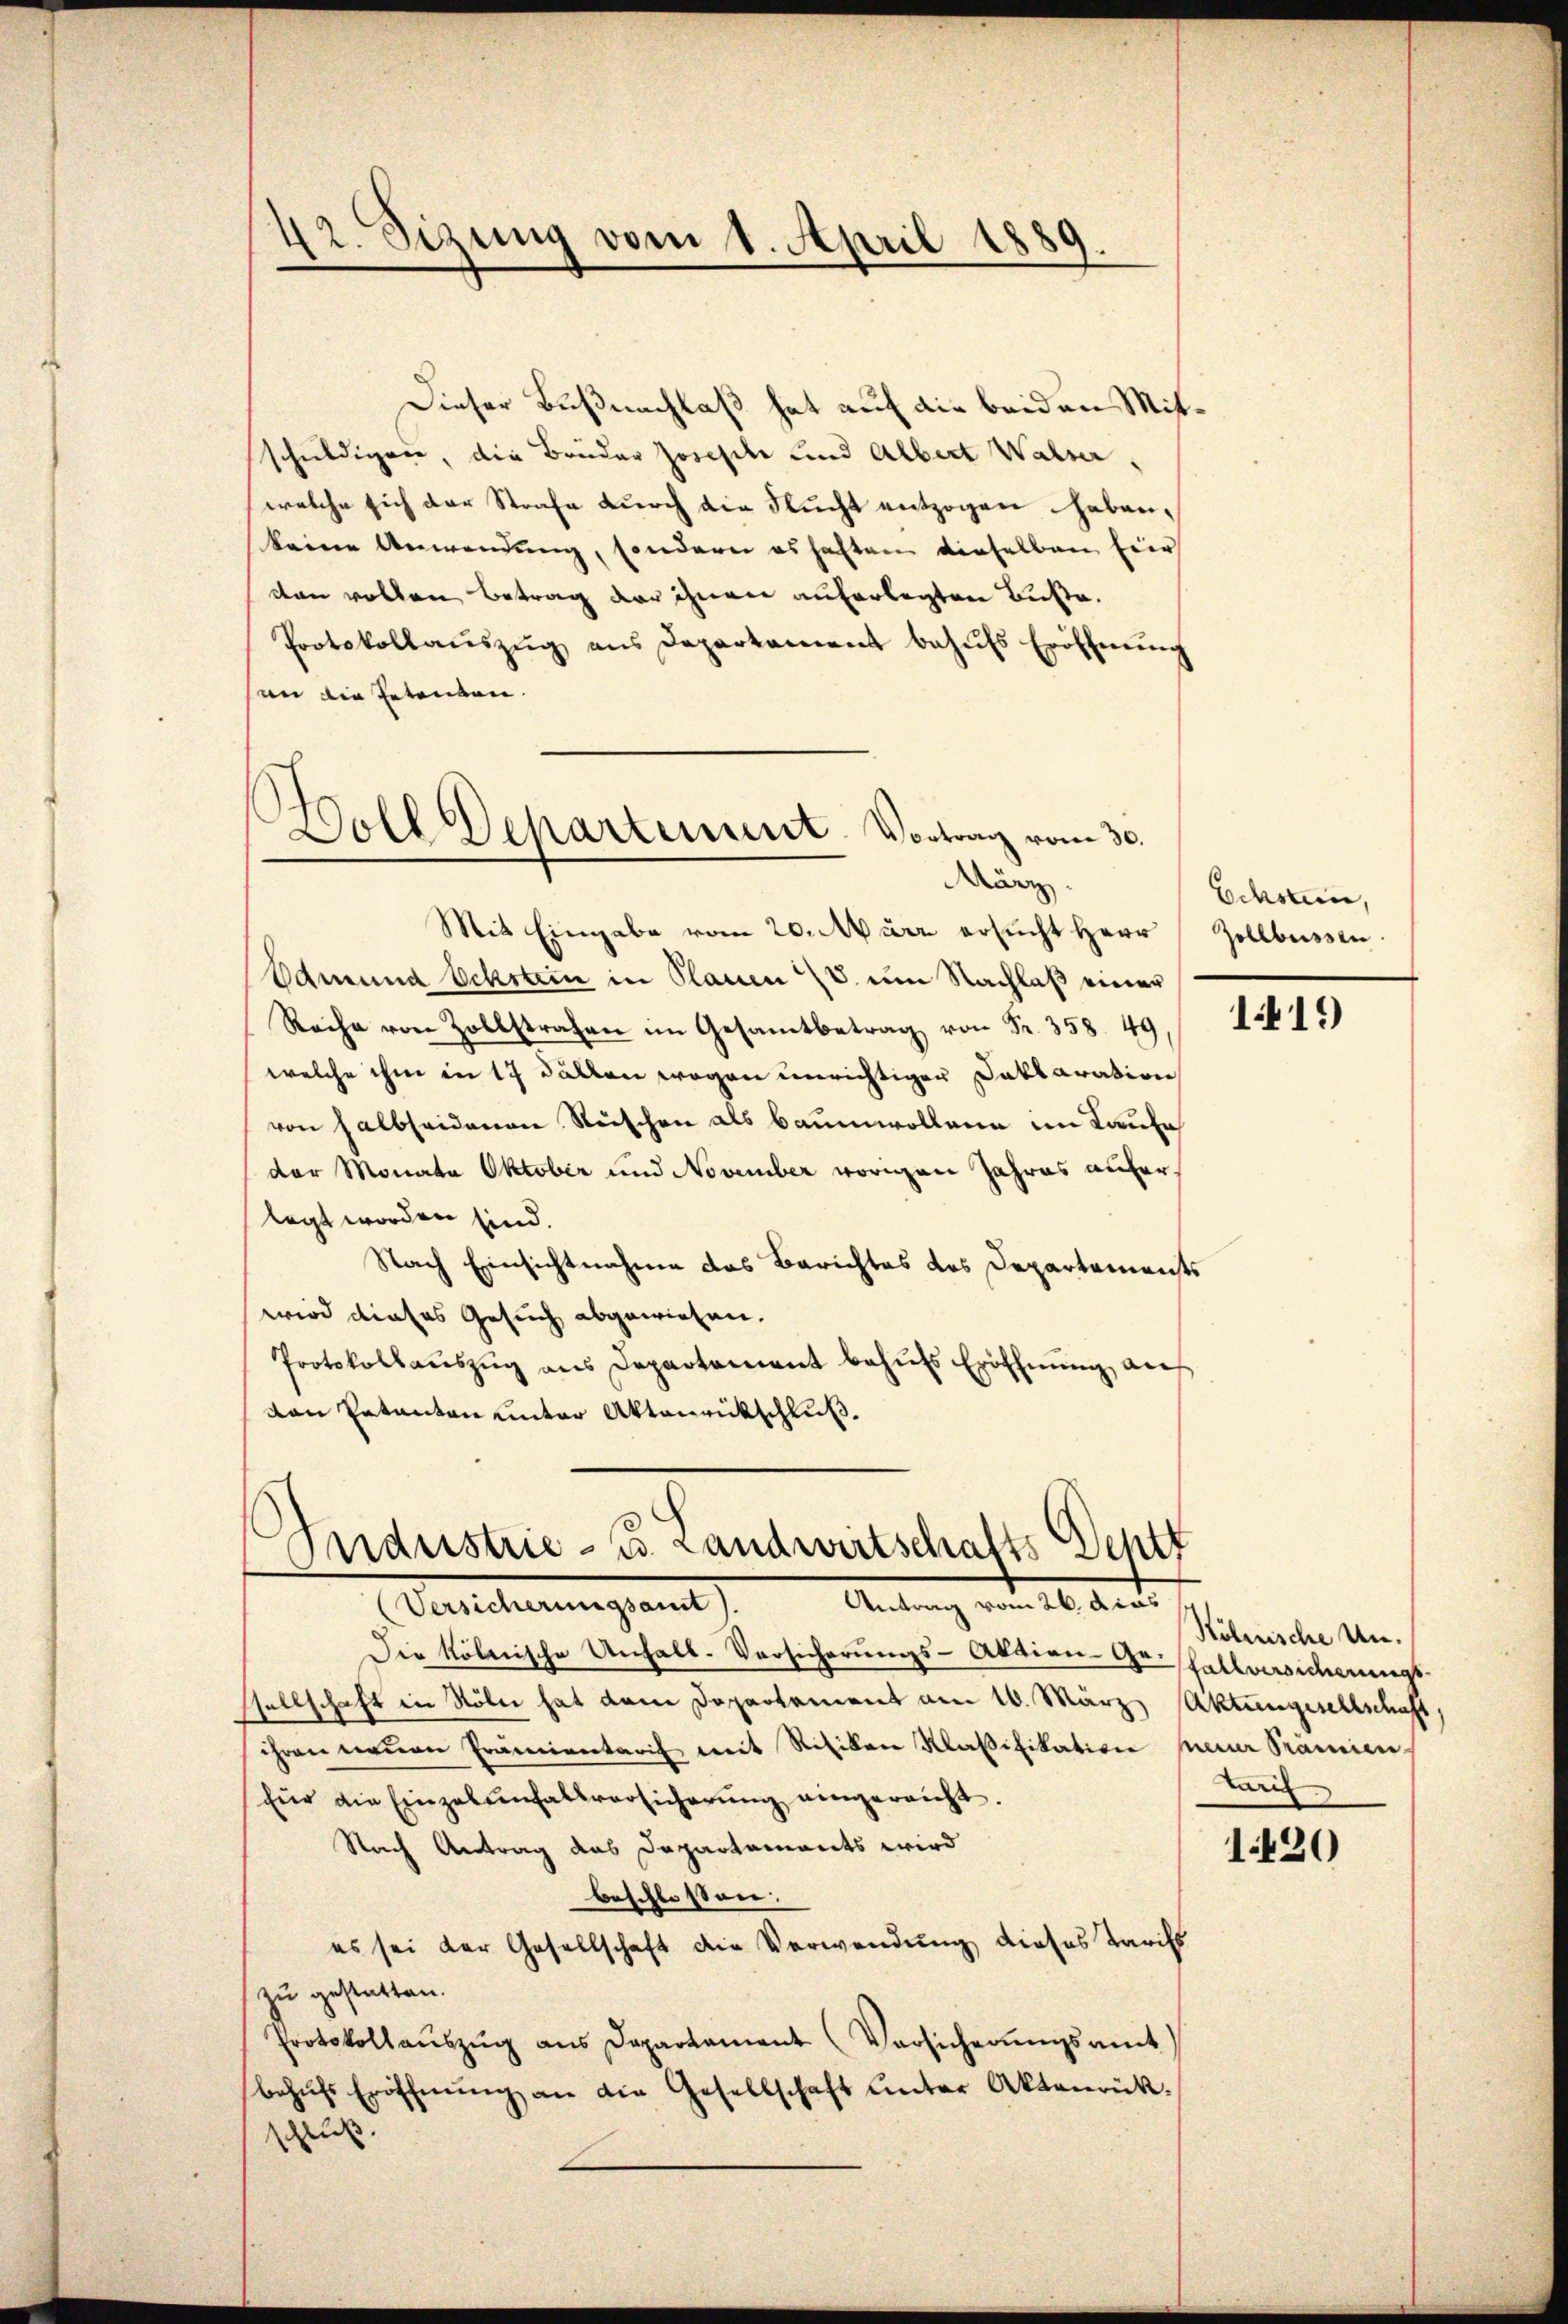
42. Sizung vom 1. April 1889.
d

Dieser Bußnachlaß hat auf die beiden Mitschuldigen, die Bruder Josefile und Albert Walser,
welche sich der Strafe durch die Flucht entzogen haben,
keine Anwendung, sondern es haften dieselben hier
den vollen Betrag der ihnen auferlegten Buße.
Protokollaŭszŭg ans Departament behŭfs Eröffnŭng
an die Petenten.
.

Soll Departement. Vortrag vom 30.
März.

Mit Eingabe vom 20. März ersŭcht Herr Zollbussen
Edmund Ochstein in Plauen V. um Nachlaß einer
Reihe von Zollstrafen im Gesamtbetrag von Fr. 358. 49
welche ihm in 17 Fällen wegen unrichtigen Daklaration
von Halbseidenen Rüschen als Baumwollene im Kaufe
der Monata Oktober und November vorigen Jahres auferlegt worden sind.
Nach Einsichtnahme das Berichtes des Departements
wird dieses Gesuch abgewiesen.
Protokollauszug aus Departement behufs Eröffnung auf
von Entanten unter Aktenrückschluß.

Industrie - B. Landwirtschafts Dentt
Antrag vom 26. ders
Vaihinungsamt

Die kölnische Unfall-Versicherŭngs-Aktion- Gefallversicherungs-
sellschaft in Köln hat dem Departement am 10. März Aktengesellschaft,
ihren neuen Prämientarif mit Risiken Klaßifikation prener Prämien
Eür die Einzelenfallversicherŭng eingereicht.
Nach Antrag das Departements wird
beschlossen.
es sei der Gesellschaft die Verwendung dieses Tarifs
zu gestatten.
Protokollaŭszŭg ans Departament (Versicherŭngsamt
behŭfs Eröffnŭng an die Gesellschaft unter Aktenrückschluß.

Echsten,

119

Kölnische Un¬
Tarif

1.420